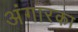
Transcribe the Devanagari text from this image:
अंगारका